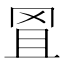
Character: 𦊕